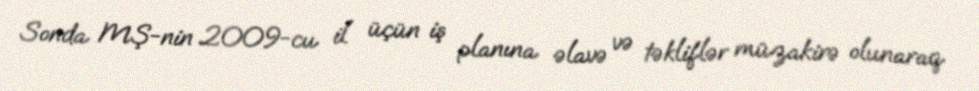
Sonda MŞ-nin 2009-cu il üçün iş planına əlavə və təkliflər müzakirə olunaraq